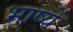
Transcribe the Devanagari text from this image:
भाष्यें